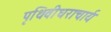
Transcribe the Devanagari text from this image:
पृथिवीधराचार्य